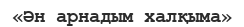
«Ән арнадым халқыма»